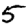
Digit: 5